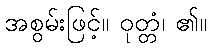
အစွမ်းဖြင့်။ ဝုတ္တံ၊ ၏။